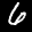
Label: 6